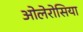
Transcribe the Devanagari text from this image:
ओलेरोसिया